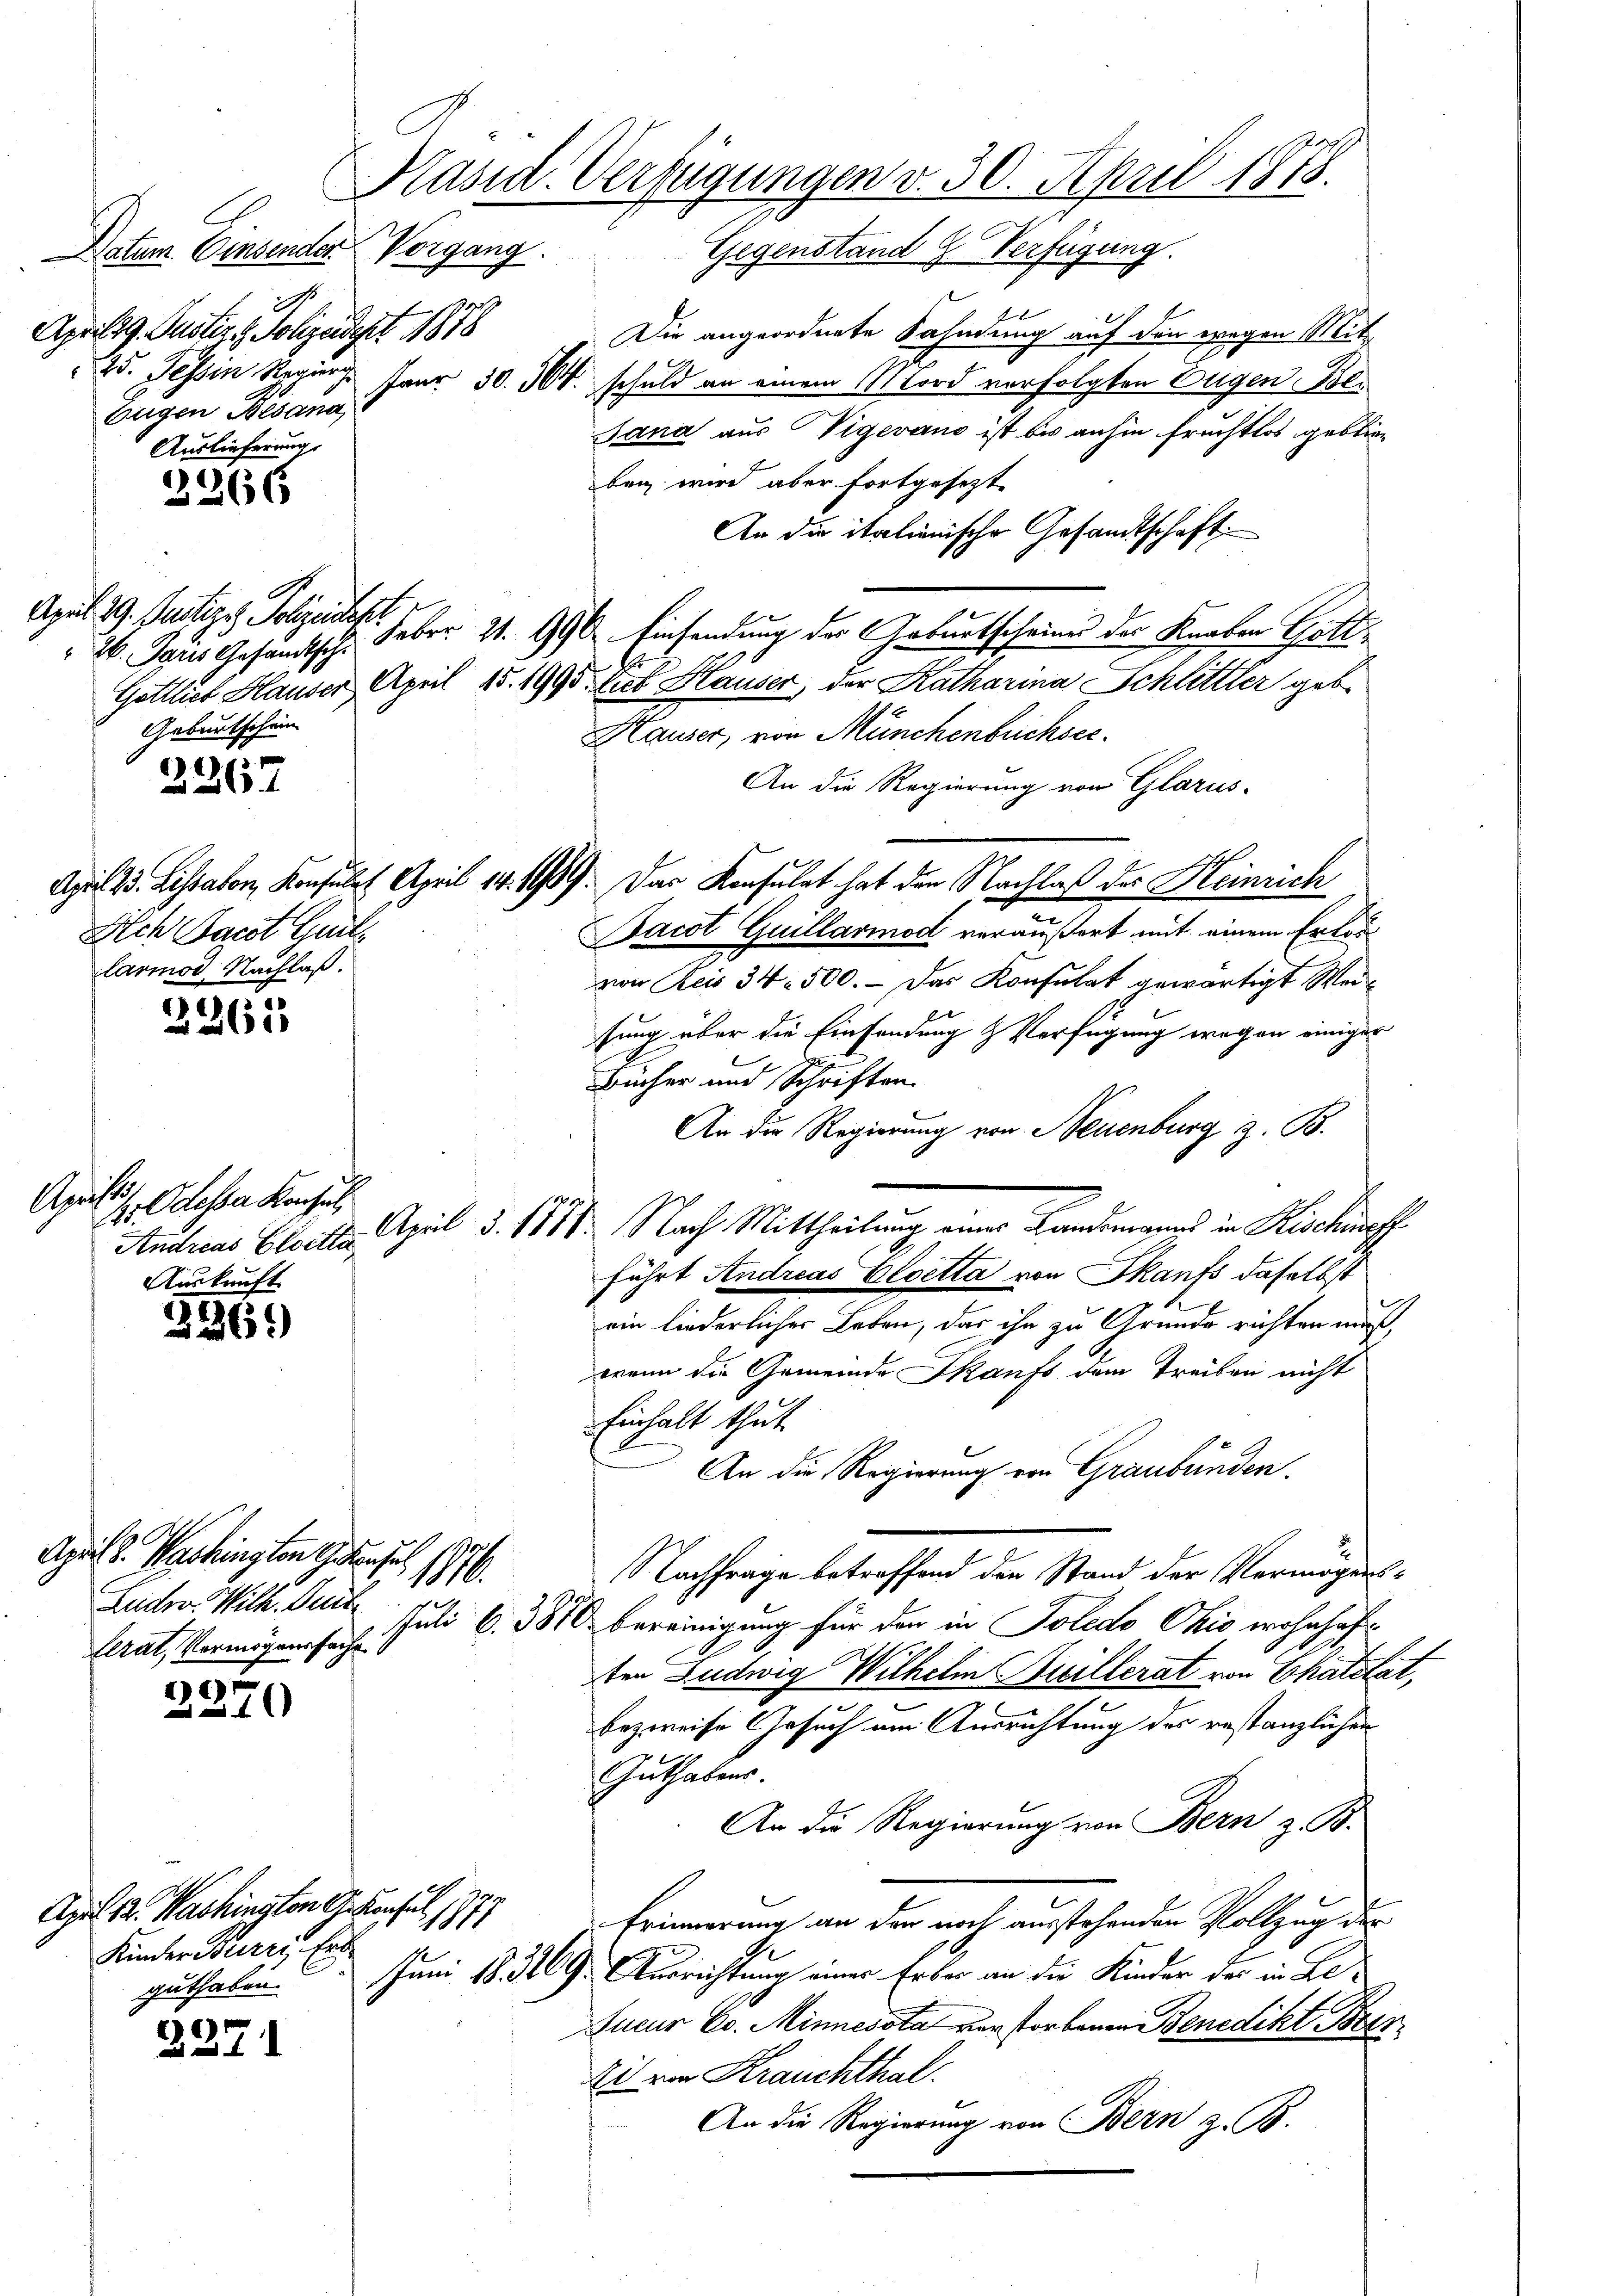
2
April 29. Justiz & Polizeidirt 1878
Eugen Besana,

Auslieferung
2266

2267

2265

227

3

April d. Washington Gelange
1/190
Cerat, Vermögenssachen

2270

Präsid. Verfügungen v. 30. April 1878.
Katzer Einsender Vorgang. Gegenstand J. Verfügung.

April 29. Justiges Polizei est
2. Paris Gesandtsch.
Geburtschein

Dich Papst Guil
larmor. Nachlaß.

Christi
. Odessa Konsul

April 12. Washington G. Konsul 1871
Kinder Burri, Erb
guthaben.

Die angeordnete Sahndung auf den wegen Mitd. Tessin Regier. Paur 30. 300. schuld an einem Mord verfolgten Augen Bli
Sana aus Vigevano ist bis anhin fruchtlos geblieben wird aber fortgesetzte
An die italienische Gesandtschaft.
Febr. 21. 196. Einsendung des Geburtscheine des Knaben Gott
E
Gottlieb Hauser April 15. 1995. lit. Hauser, der Katharina Schlittler geb.
Hauser, von Münchenbüchsee.
An die Regierung von Glarus-
Bacot Guillarmod veräußert mit einem Erlasvon Reis 34. 500. - Das Konsulat gewärtigt Weifung über die Einsendung & Verfügung wegen einiger
Bücher und Schriften.
An die Regierung von Neuenburg z. B.
Andreas Elockte April d. 1811. Nach Mittheilung einer Landsmanns in Rischaff
führt Andreas Cloetta von Skaufs daselbst
ein liederlicher Leben, das ihn zu Grunde richten muß,
wenn die Gemeinde Skaufs dem Treiben nicht
Einhalt thut.
An die Regierung von Graubünden.
Nachfrage betreffend den Stand der Vermögens¬
Lutter. Wilh. Seit Juli 6. 3840 bereinigung für den in Solido Ohio wohnhaften Ludwig Wilhelm Breillerat von Chatilat,
bezweife Gesuch am Ausrichtung des restanzlichen
Guthaben.
An die Regierung von Bern z. B.
Erinnerung an der noch ausstehenden Vollzug der
Juni 18. 369. Ausrichtung einer Erbar an die Kinder der in Le¬
Sucur Co. Minnessta vorstorbenen Benedikt Bez
Ei von Krauchthal.
An die Regierung von Bern z. B.

April 23. Lissabon, Konsulat April 14. 1419. Das Konsulat hat den Nachlaß des Heinrich